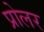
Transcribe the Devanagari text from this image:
प्रोलर